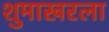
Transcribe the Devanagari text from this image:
शुमाखरला